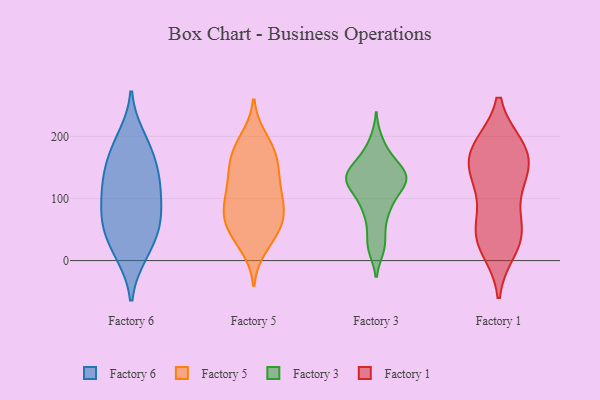
{"axis": {"x": "Market Share (%)", "y": "Value"}, "legend": ["Factory 1", "Factory 3", "Factory 5", "Factory 6"], "data": [{"x": "", "y": 198, "type": "Factory 6"}, {"x": "", "y": 154, "type": "Factory 6"}, {"x": "", "y": 10, "type": "Factory 6"}, {"x": "", "y": 46, "type": "Factory 6"}, {"x": "", "y": 165, "type": "Factory 6"}, {"x": "", "y": 129, "type": "Factory 6"}, {"x": "", "y": 124, "type": "Factory 6"}, {"x": "", "y": 11, "type": "Factory 6"}, {"x": "", "y": 87, "type": "Factory 6"}, {"x": "", "y": 67, "type": "Factory 6"}, {"x": "", "y": 124, "type": "Factory 6"}, {"x": "", "y": 49, "type": "Factory 6"}, {"x": "", "y": 187, "type": "Factory 6"}, {"x": "", "y": 96, "type": "Factory 6"}, {"x": "", "y": 61, "type": "Factory 6"}, {"x": "", "y": 160, "type": "Factory 5"}, {"x": "", "y": 63, "type": "Factory 5"}, {"x": "", "y": 65, "type": "Factory 5"}, {"x": "", "y": 65, "type": "Factory 5"}, {"x": "", "y": 94, "type": "Factory 5"}, {"x": "", "y": 128, "type": "Factory 5"}, {"x": "", "y": 115, "type": "Factory 5"}, {"x": "", "y": 97, "type": "Factory 5"}, {"x": "", "y": 41, "type": "Factory 5"}, {"x": "", "y": 81, "type": "Factory 5"}, {"x": "", "y": 183, "type": "Factory 5"}, {"x": "", "y": 197, "type": "Factory 5"}, {"x": "", "y": 22, "type": "Factory 5"}, {"x": "", "y": 164, "type": "Factory 5"}, {"x": "", "y": 62, "type": "Factory 5"}, {"x": "", "y": 185, "type": "Factory 5"}, {"x": "", "y": 141, "type": "Factory 5"}, {"x": "", "y": 104, "type": "Factory 5"}, {"x": "", "y": 149, "type": "Factory 5"}, {"x": "", "y": 34, "type": "Factory 5"}, {"x": "", "y": 113, "type": "Factory 3"}, {"x": "", "y": 137, "type": "Factory 3"}, {"x": "", "y": 170, "type": "Factory 3"}, {"x": "", "y": 137, "type": "Factory 3"}, {"x": "", "y": 49, "type": "Factory 3"}, {"x": "", "y": 151, "type": "Factory 3"}, {"x": "", "y": 130, "type": "Factory 3"}, {"x": "", "y": 88, "type": "Factory 3"}, {"x": "", "y": 139, "type": "Factory 3"}, {"x": "", "y": 19, "type": "Factory 3"}, {"x": "", "y": 123, "type": "Factory 3"}, {"x": "", "y": 194, "type": "Factory 3"}, {"x": "", "y": 121, "type": "Factory 3"}, {"x": "", "y": 131, "type": "Factory 3"}, {"x": "", "y": 75, "type": "Factory 3"}, {"x": "", "y": 160, "type": "Factory 3"}, {"x": "", "y": 22, "type": "Factory 3"}, {"x": "", "y": 91, "type": "Factory 3"}, {"x": "", "y": 138, "type": "Factory 1"}, {"x": "", "y": 178, "type": "Factory 1"}, {"x": "", "y": 138, "type": "Factory 1"}, {"x": "", "y": 36, "type": "Factory 1"}, {"x": "", "y": 112, "type": "Factory 1"}, {"x": "", "y": 182, "type": "Factory 1"}, {"x": "", "y": 20, "type": "Factory 1"}, {"x": "", "y": 146, "type": "Factory 1"}, {"x": "", "y": 50, "type": "Factory 1"}, {"x": "", "y": 181, "type": "Factory 1"}, {"x": "", "y": 38, "type": "Factory 1"}, {"x": "", "y": 180, "type": "Factory 1"}, {"x": "", "y": 56, "type": "Factory 1"}]}